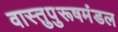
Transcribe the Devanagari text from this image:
वास्तुपुरूषमंडल